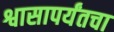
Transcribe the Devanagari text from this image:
श्वासापर्यंतचा